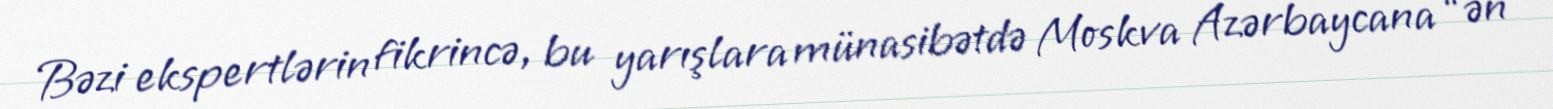
Bəzi ekspertlərin fikrincə, bu yarışlara münasibətdə Moskva Azərbaycana “ən